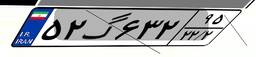
۵۲گ۶۳۲۹۵